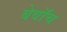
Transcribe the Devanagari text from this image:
बेवॉच